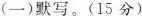
(一)默写。(15分)